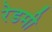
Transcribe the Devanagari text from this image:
रेडमी